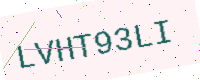
Text: LVHT93LI